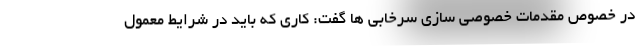
در خصوص مقدمات خصوصی سازی سرخابی ها گفت: کاری که باید در شرایط معمول